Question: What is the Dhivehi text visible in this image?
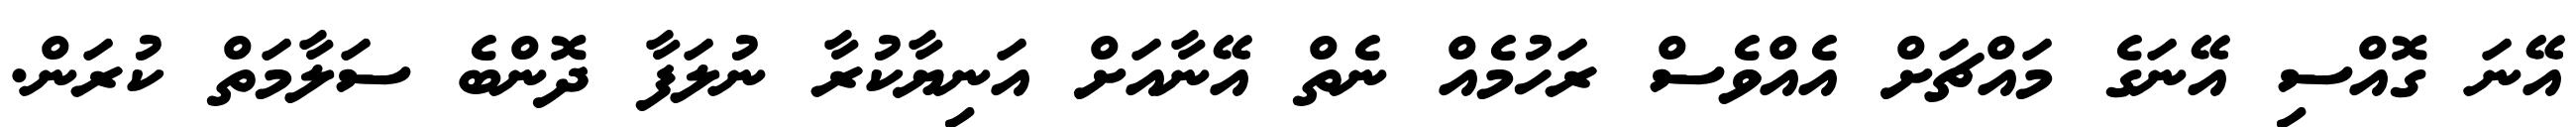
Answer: އޭނަ ގޮއްސި އޭނަގެ މައްޗަށް އެއްވެސް ރަހުމެއް ނެތް އޭނާއަށް އަނިޔާކުރާ ނުލަފާ ދޮންބެ ސަލާމަތް ކުރަން.